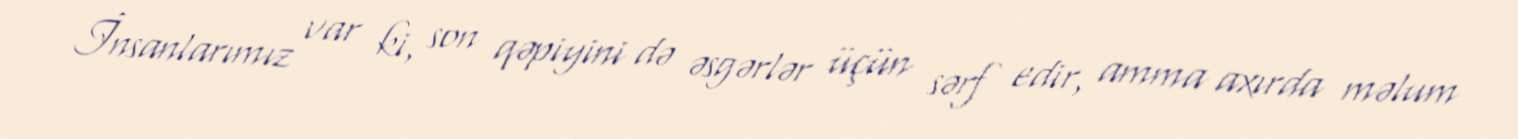
İnsanlarımız var ki, son qəpiyini də əsgərlər üçün sərf edir, amma axırda məlum